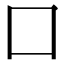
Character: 囗